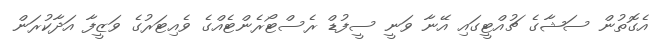
އެގޮތުން ސަޝާގެ ޗުއްޓީގައި އޭނާ ވަނީ ސީފުޑް ރެސްޓޯރެންޓެއްގެ ވެއިޓަރުގެ ވަޒީފާ އަދާކުރަން